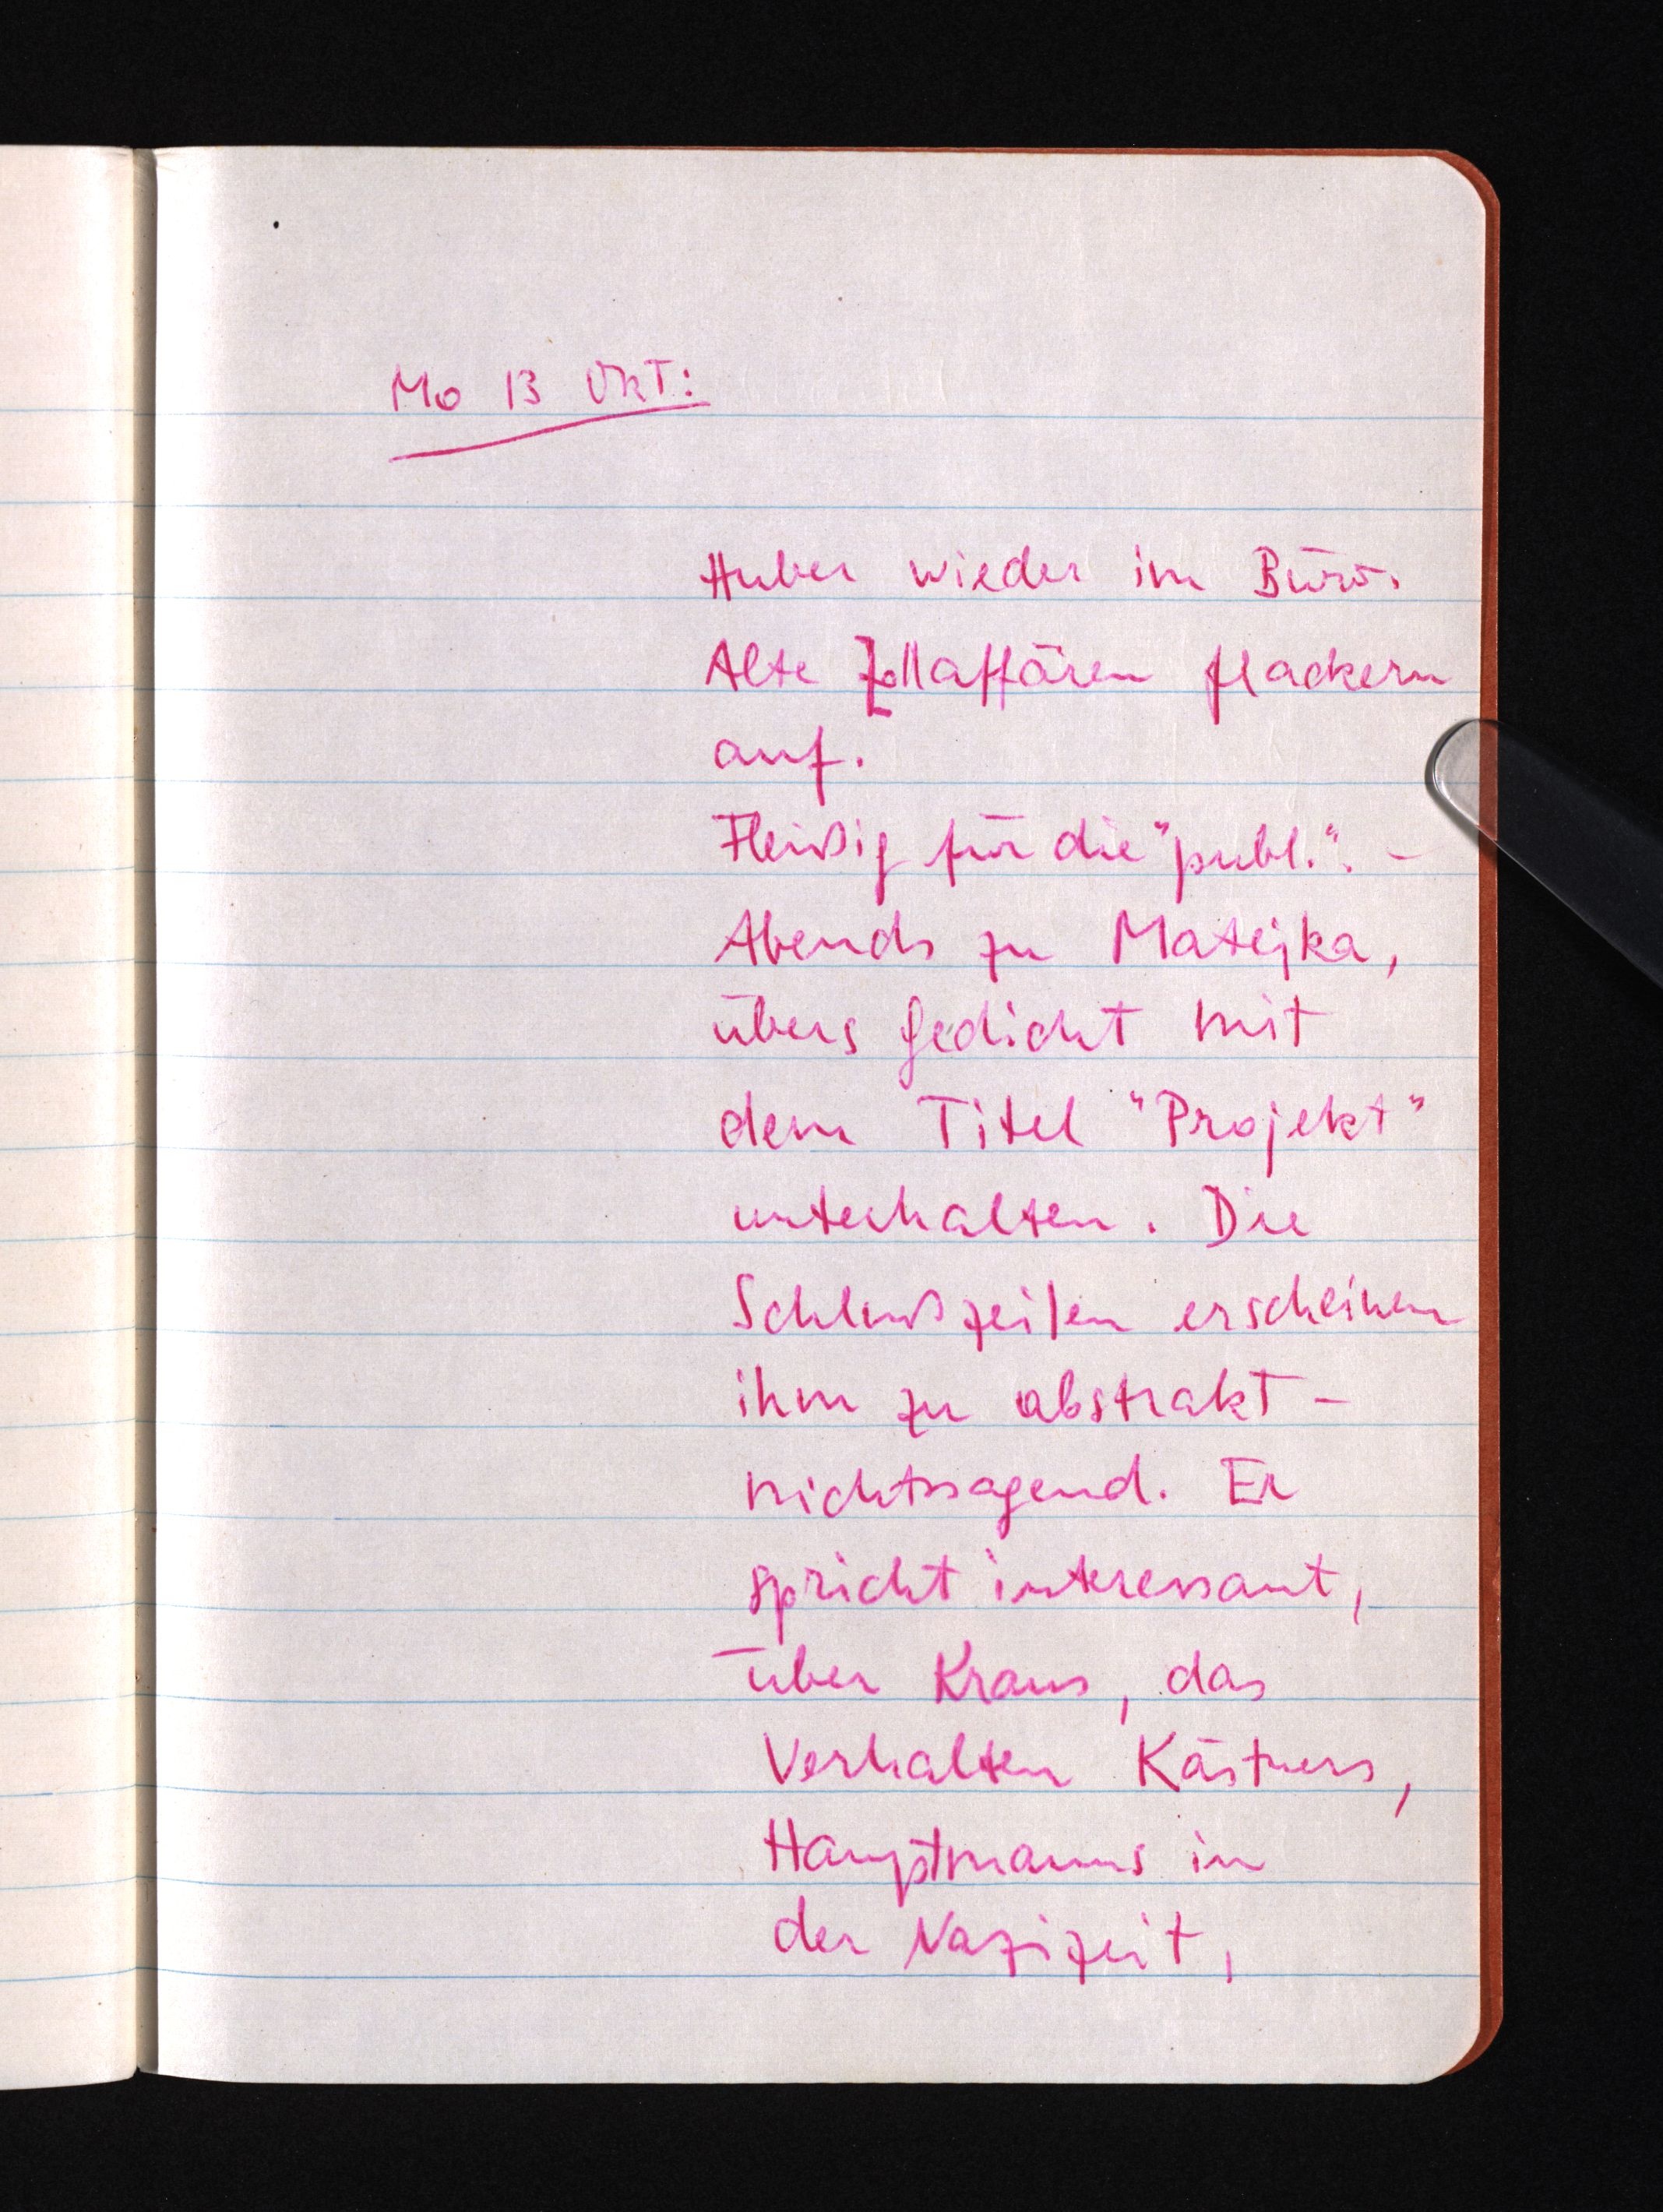
Mo 13 Okt:
Huber wieder im Büro.
Alte Zollaffären flackern
auf.
Fleißig für die "publ.". -
Abends zu Matejka,
übers Gedicht mit
dem Titel "Projekt"
unterhalten. Die
Schlußzeilen erscheinen
ihm zu abstrakt¬
nichtssagend. Er
spricht interessant,
über Kraus, das
Verhalten Kästners,
Hauptmanns in
der Nazizeit,